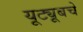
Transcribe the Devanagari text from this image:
यूट्यूबचे